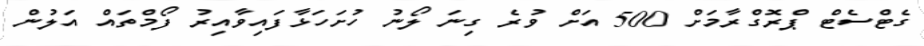
ގެޓްސެޓް ޕްރޮގްރާމަށް 500 އަށް ވުރެ ގިނަ ލޯނު ހުށަހަޅާފައިވާއިރު ފޯމްތައް އަލުން